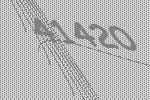
41420